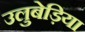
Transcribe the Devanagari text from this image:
उलुबेड़िया